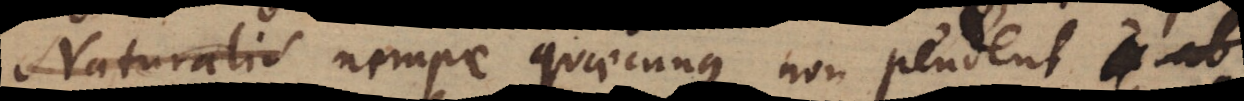
Naturalis nempe quaecunque non pendent ab